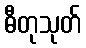
ဓီတုသုတ်